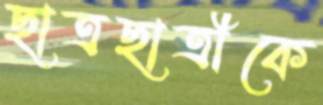
ছাত্রছাত্রীকে